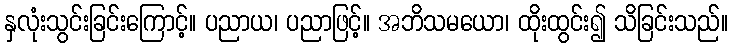
နှလုံးသွင်းခြင်းကြောင့်။ ပညာယ၊ ပညာဖြင့်။ အဘိသမယော၊ ထိုးထွင်း၍ သိခြင်းသည်။